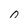
Character: 0